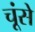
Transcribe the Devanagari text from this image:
चूंसे